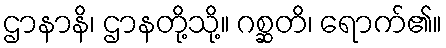
ဌာနာနိ၊ ဌာနတို့သို့။ ဂစ္ဆတိ၊ ရောက်၏။